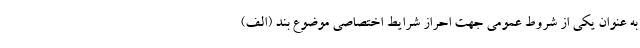
به عنوان یکی از شروط عمومی جهت احراز شرایط اختصاصی موضوع بند (الف)